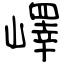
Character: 嶧